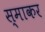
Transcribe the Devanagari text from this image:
स्‍माकर